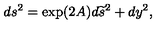
d s ^ { 2 } = \exp ( 2 A ) d { \widetilde s } ^ { 2 } + d y ^ { 2 } ,